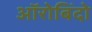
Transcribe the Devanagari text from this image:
ऑरोबिंदो